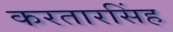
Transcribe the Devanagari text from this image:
करतारसिंह